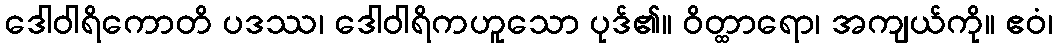
ဒေါဝါရိကောတိ ပဒဿ၊ ဒေါဝါရိကဟူသော ပုဒ်၏။ ဝိတ္ထာရော၊ အကျယ်ကို။ ဧဝံ၊